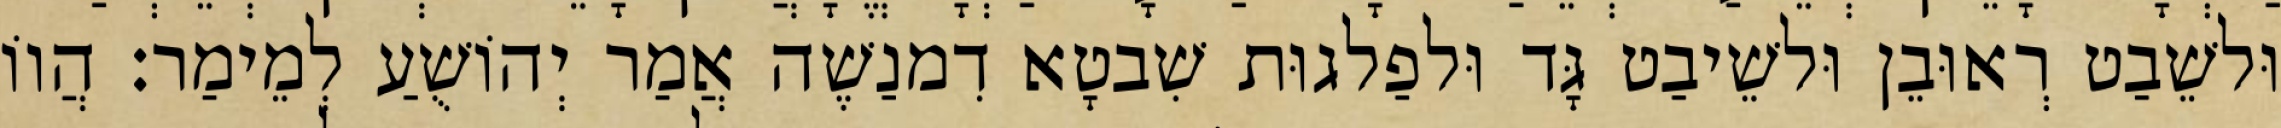
וּלשֵׁבַט רְאוּבֵן וּלשֵׁיבַט גָּד וּלפַלגוּת שִׁבטָא דִמנַשֶׁה אֲמַר יְהוֹשֻׁעַ לְמֵימַר׃ הֲווֹ